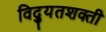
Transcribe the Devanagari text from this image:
विद्युतशक्ती